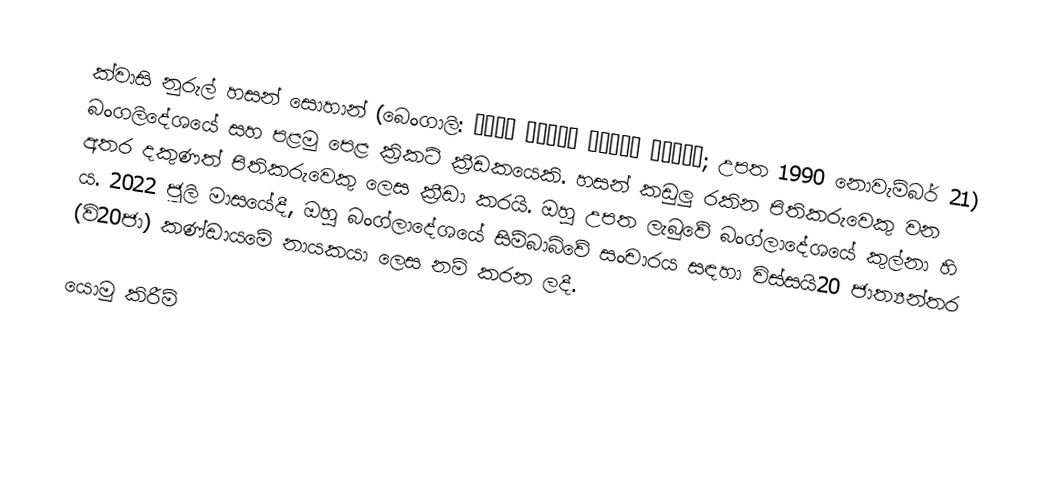
ක්වාසි නුරුල් හසන් සොහාන් (බෙංගාලි: কাজী নুরুল হাসান শোহান; උපත 1990 නොවැම්බර් 21) බංගලිදේශයේ සහ පළමු පෙළ ක්‍රිකට් ක්‍රීඩකයෙකි. හසන් කඩුලු රකින පිතිකරුවෙකු වන අතර දකුණත් පිතිකරුවෙකු ලෙස ක්‍රීඩා කරයි. ඔහු උපත ලැබුවේ බංග්ලාදේශයේ කුල්නා හි ය. 2022 ජූලි මාසයේදී, ඔහු බංග්ලාදේශයේ සිම්බාබ්වේ සංචාරය සඳහා විස්සයි20 ජාත්‍යන්තර (වි20ජා) කණ්ඩායමේ නායකයා ලෙස නම් කරන ලදී.

යොමු කිරීම්